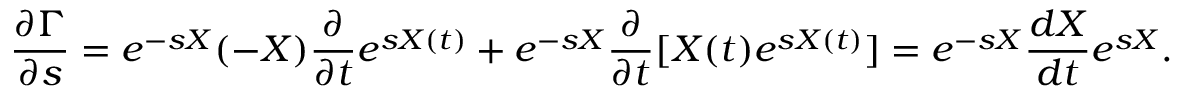
{ \frac { \partial \Gamma } { \partial s } } = e ^ { - s X } ( - X ) { \frac { \partial } { \partial t } } e ^ { s X ( t ) } + e ^ { - s X } { \frac { \partial } { \partial t } } [ X ( t ) e ^ { s X ( t ) } ] = e ^ { - s X } { \frac { d X } { d t } } e ^ { s X } .